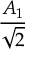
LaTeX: \frac { A _ { 1 } } { \sqrt { 2 } }